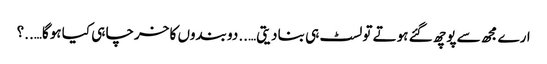
ارے مجھ سے پوچھ گئے ہوتے تو لسٹ ہی بنا دیتی…..دو بندوں کا خرچا ہی کیا ہوگا…..؟